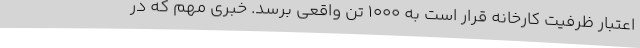
اعتبار ظرفیت کارخانه قرار است به ۱۰۰۰ تن واقعی برسد. خبری مهم که در